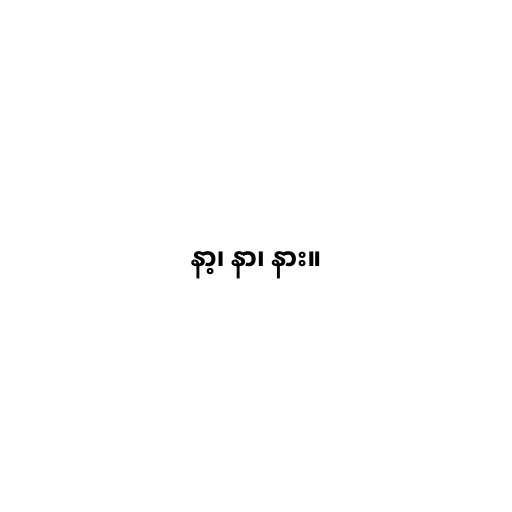
နာ့၊ နာ၊ နား။